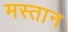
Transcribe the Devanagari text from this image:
मस्‍तान